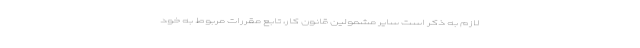
لازم به ذکر است سایر مشمولین قانون کار، تابع مقررات مربوط به خود